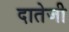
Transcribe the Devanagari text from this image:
दातेजी